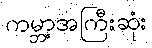
ကမ္ဘာ့အကြီးဆုံး